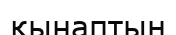
қынаптың